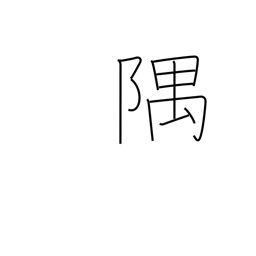
Meaning: corner